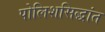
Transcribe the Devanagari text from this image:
पोलिशसिद्धांत